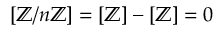
[ \mathbb { Z } / n \mathbb { Z } ] = [ \mathbb { Z } ] - [ \mathbb { Z } ] = 0